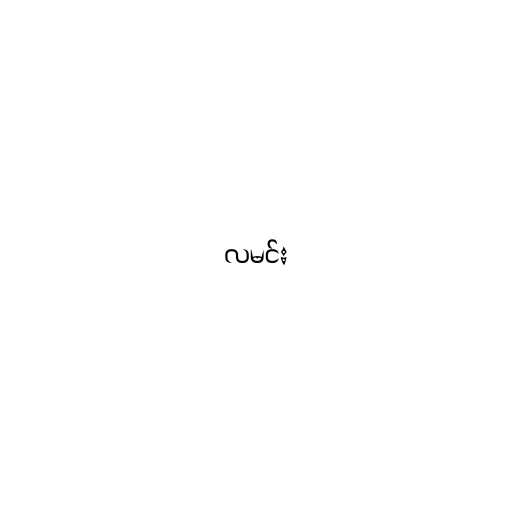
လမင်း